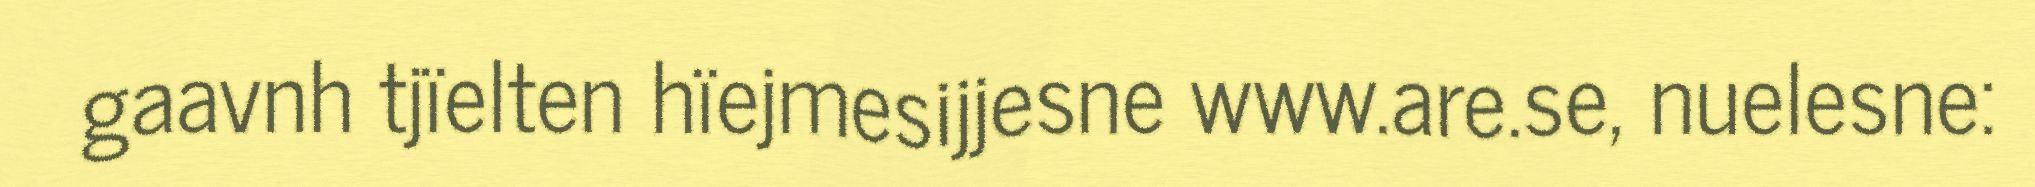
gaavnh tjïelten hïejmesijjesne www.are.se, nuelesne: